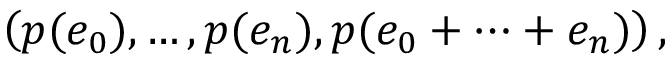
\left( p ( e _ { 0 } ) , \ldots , p ( e _ { n } ) , p ( e _ { 0 } + \dots + e _ { n } ) \right) ,